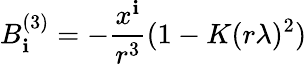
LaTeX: B_{\mathbf{i}}^{(3)}=-{\frac{{x^{\mathbf{i}}}}{{r^{3}}}}(1-K(r\lambda)^{2})